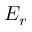
E _ { r }